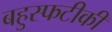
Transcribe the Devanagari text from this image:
बहुस्फटीकी